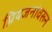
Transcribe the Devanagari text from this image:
प्रियजनांवरून